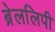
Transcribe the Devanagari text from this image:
ब्रेललिपी